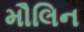
મૌલિન